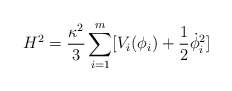
\begin{align*}H^2=\frac{\kappa ^2}{3}\sum_{i=1}^{m}[V_i(\phi_i)+\frac{1}{2}\dot{\phi}_i^2]\end{align*}